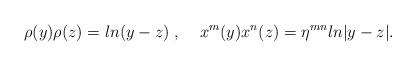
LaTeX: \begin{align*}\rho(y)\rho(z) = ln(y-z)\;,\;\;\;\;x^{m}(y)x^{n}(z) = \eta^{mn} ln|y-z|.\end{align*}